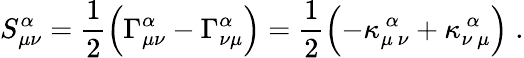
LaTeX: S_{\mu\nu}^{\alpha}={\frac{1}{2}}\Bigl(\Gamma_{\mu\nu}^{\alpha}-\Gamma_{\nu\mu}^{\alpha}\Bigr)={\frac{1}{2}}\Bigl(-\kappa_{\mu~\nu}^{~\alpha}+\kappa_{\nu~\mu}^{~\alpha}\Bigr)\; .